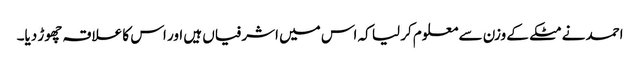
احمد نے مٹکے کے وزن سے معلوم کر لیا کہ اس میں اشرفیاں ہیں اور اس کا علاقہ چھوڑ دیا۔